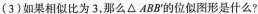
(3)如果相似比为3，那么\triangle ABB^{\prime}的位似图形是什么?